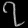
Digit: ၇